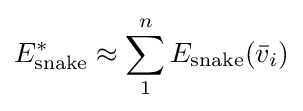
E_{\text{snake}}^{*}\approx \sum _{1}^{n}E_{\text{snake}}({\bar {v}}_{i})